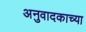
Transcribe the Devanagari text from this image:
अनुवादकाच्या